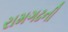
રામગઢની